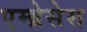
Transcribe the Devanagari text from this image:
एम्ब्रेसेस